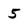
Character: 5